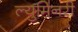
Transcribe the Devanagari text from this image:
ल्युमिनरी